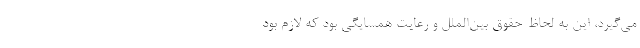
می‌گیرد، این به لحاظ حقوق بین‌الملل و رعایت همسایگی بود که لازم بود